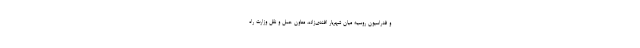
و فدراسیون روسیه میان شهریار افندی‌زاده، معاون حمل و نقل وزارت راه